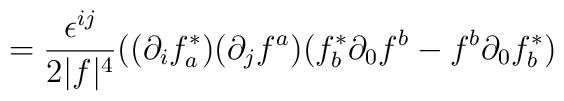
= \frac{\epsilon^{ij}}{2|f|^4} ((\partial_i f^{*}_{a})(\partial_j f^a ) (f^{*}_{b} \partial_0 f^b - f^b \partial_0 f^{*}_b )